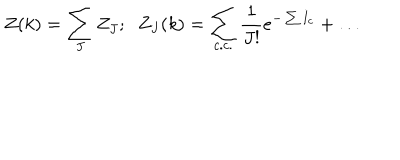
Z ( k ) = \sum _ { J } Z _ { J } ; \; \; Z _ { J } ( k ) = \sum _ { c . c . } \frac { 1 } { J ! } e ^ { - \sum I _ { c } } + \dots